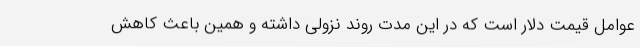
عوامل قیمت دلار است که در این مدت روند نزولی داشته و همین باعث کاهش